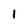
Character: 1